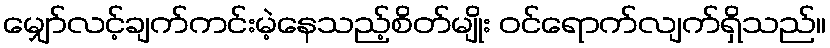
မျှော်လင့်ချက်ကင်းမဲ့နေသည့်စိတ်မျိုး ဝင်ရောက်လျက်ရှိသည်။